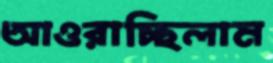
আওরাচ্ছিলাম